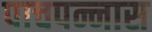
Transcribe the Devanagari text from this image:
पाचपन्नास